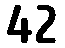
42